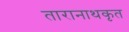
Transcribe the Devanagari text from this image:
तारानाथकृत